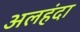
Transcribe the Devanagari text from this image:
अलहंदा